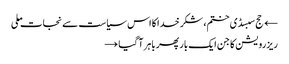
← حج سبسڈی ختم، شکر خدا کا اس سیاست سے نجات ملی
ریزرویشن کا جن ایک بار پھر باہر آ گیا →